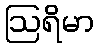
ဩရိမာ